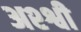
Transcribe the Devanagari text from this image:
अश्श्वी